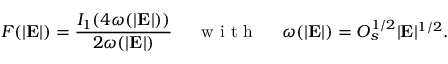
F ( | \mathbf { E } | ) = \frac { I _ { 1 } ( 4 \omega ( | \mathbf { E } | ) ) } { 2 \omega ( | \mathbf { E } | ) } \ \ \ \ \mathrm { ~ w ~ i ~ t ~ h ~ } \ \ \ \ \omega ( | \mathbf { E } | ) = O _ { s } ^ { 1 / 2 } | \mathbf { E } | ^ { 1 / 2 } .